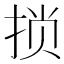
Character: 𫼶